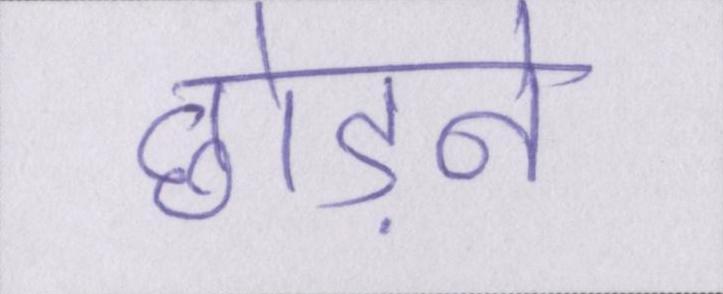
छोड़ने